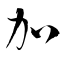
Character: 加